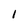
Character: l